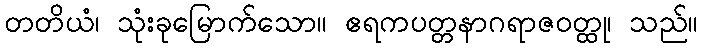
တတိယံ၊ သုံးခုမြောက်သော။ ဧရကပတ္တနာဂရာဇဝတ္ထု၊ သည်။